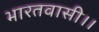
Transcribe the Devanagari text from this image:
भारतवासी।।